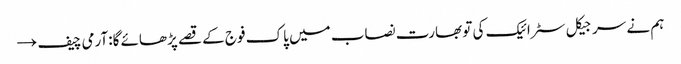
ہم نے سرجیکل سٹرائیک کی تو بھارت نصاب میں پاک فوج کے قصے پڑھائے گا:آرمی چیف →